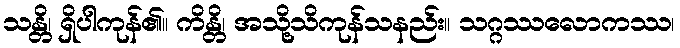
သန္တိ၊ ရှိပါကုန်၏။ ကိန္တိ၊ အသို့သိကုန်သနည်း။ သဂ္ဂဿလောကဿ၊